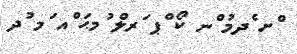
ްށ ެދމު ްނ ކޯ ްޕ ަރލް ުމޙަ ްއ ަމ ުދ